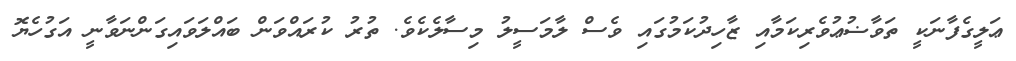
ޢަލީގެފާނަކީ ތަވާޟުޢުވެރިކަމާއި ޒާހިދުކަމުގައި ވެސް ލާމަސީލު މިސާލެކެވެ. ތުރު ކުރައްވަން ބައްލަވައިގަންނަވާނީ އަގުހެޔޮ